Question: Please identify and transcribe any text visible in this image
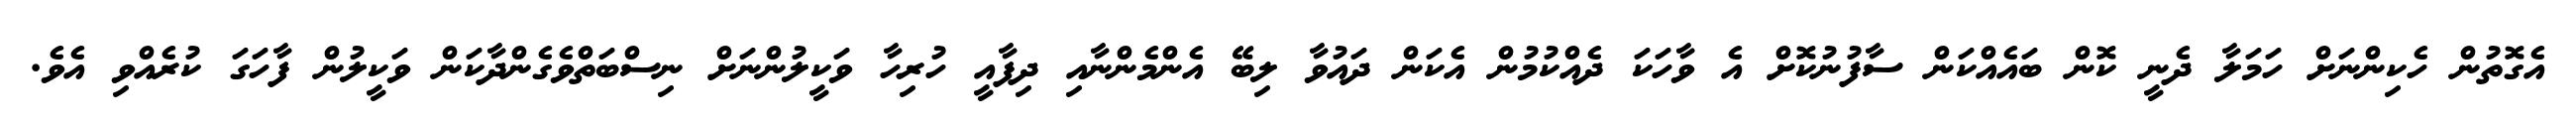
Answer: އެގޮތުން ހެކިންނަށް ހަމަލާ ދެނީ ކޮން ބައެއްކަން ސާފުނުކޮށް އެ ވާހަކަ ދެއްކުމުން އެކަން ދައުވާ ލިބޭ އެންމެންނާއި ދިފާއީ ހުރިހާ ވަކީލުންނަށް ނިސްބަތްވެގެންދާކަން ވަކީލުން ފާހަގަ ކުރެއްވި އެވެ.